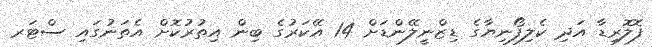
ފޮލޮރިޑާ އަދި ކެލިފޯނިޔާގެ ޑިޒްނީލޭންޑަށް 14 އޭކަރުގެ ބިން އިތުރުކޮށް އެތަނުގައި ސްޓަރ